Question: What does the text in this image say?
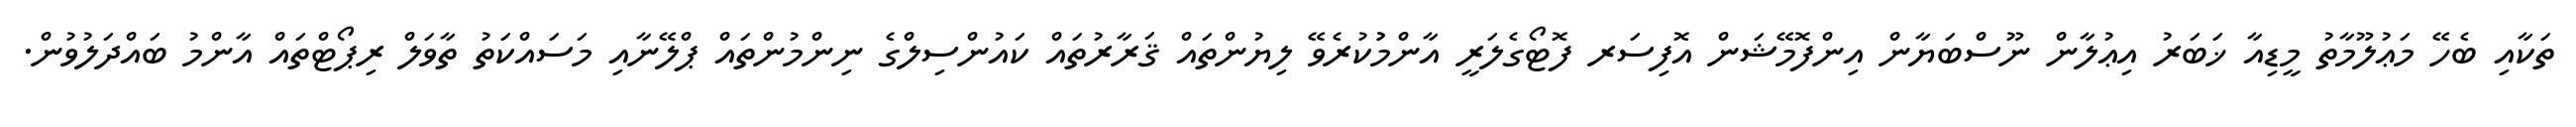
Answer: ތަކާއި ބެހޭ މަޢުލޫމާތު މީޑިއާ ޚަބަރު އިޢުލާން ނޫސްބަޔާން އިންފޮމޭޝަން އޮފިސަރ ފޮޓޯގެލަރީ އާންމުުކުރެވޭ ލިޔުންތައް ޤަރާރުތައް ކައުންސިލްގެ ނިންމުންތައް ޕްލޭނާއި މަސައްކަތު ތާވަލް ރިޕޯޓްތައް އާންމު ބައްދަލުވުން.